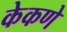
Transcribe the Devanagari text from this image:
केकणे